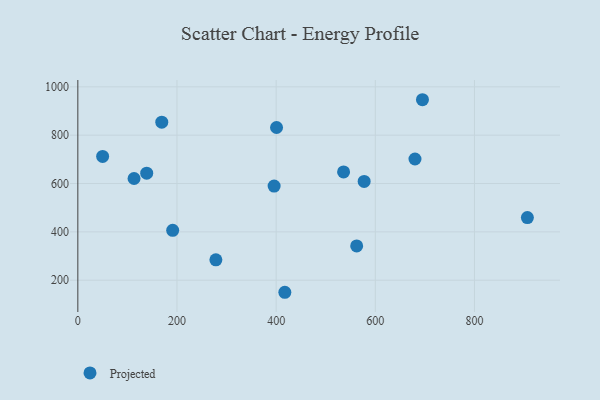
{"axis": {"x": "Study Hours", "y": "Profit"}, "legend": ["Projected"], "data": [{"x": "417.5", "y": 150.0, "type": "Projected"}, {"x": "138.9", "y": 642.6, "type": "Projected"}, {"x": "191.3", "y": 406.2, "type": "Projected"}, {"x": "562.4", "y": 341.6, "type": "Projected"}, {"x": "680.0", "y": 701.4, "type": "Projected"}, {"x": "695.1", "y": 946.7, "type": "Projected"}, {"x": "400.8", "y": 831.8, "type": "Projected"}, {"x": "169.3", "y": 853.8, "type": "Projected"}, {"x": "536.0", "y": 648.0, "type": "Projected"}, {"x": "906.7", "y": 458.9, "type": "Projected"}, {"x": "50.0", "y": 712.0, "type": "Projected"}, {"x": "395.9", "y": 589.5, "type": "Projected"}, {"x": "113.4", "y": 620.8, "type": "Projected"}, {"x": "577.5", "y": 608.7, "type": "Projected"}, {"x": "278.4", "y": 284.2, "type": "Projected"}]}